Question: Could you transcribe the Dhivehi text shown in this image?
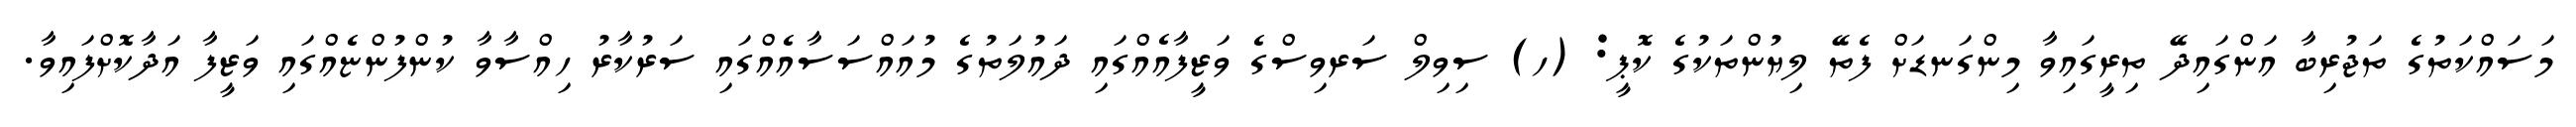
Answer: މަސައްކަތުގެ ތަޖުރިބާ އަންގައިދޭ ތިރީގައިވާ މިންގަނޑަށް ފެތޭ ލިޔުންތަކުގެ ކޮޕީ: (ހ) ސިވިލް ސަރވިސްގެ ވަޒީފާއެއްގައި ދައުލަތުގެ މުއައްސަސާއެއްގައި ސަރުކާރު ހިއްސާވާ ކުންފުންޏެއްގައި ވަޒީފާ އަދާކޮށްފައިވާ.